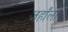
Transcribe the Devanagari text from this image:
जहाँला